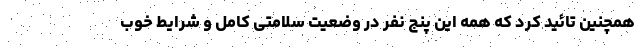
همچنین تائید کرد که همه این پنج نفر در وضعیت سلامتی کامل و شرایط خوب